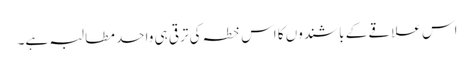
اس علاقے کے باشندوں کا اس خطہ کی ترقی ہی واحد مطالبہ ہے۔